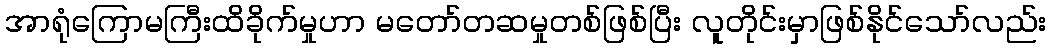
အာရုံကြောမကြီးထိခိုက်မှုဟာ မတော်တဆမှုတစ်ဖြစ်ပြီး လူတိုင်းမှာဖြစ်နိုင်သော်လည်း